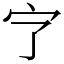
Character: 㝋